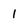
Character: 1